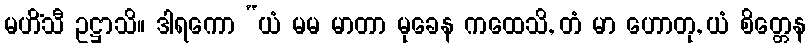
မဟိံသီ ဥဋ္ဌာသိ။ ဒါရကော “ယံ မမ မာတာ မုခေန ကထေသိ, တံ မာ ဟောတု, ယံ စိတ္တေန